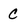
Character: c